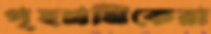
গৃহশ্রমিকেরা